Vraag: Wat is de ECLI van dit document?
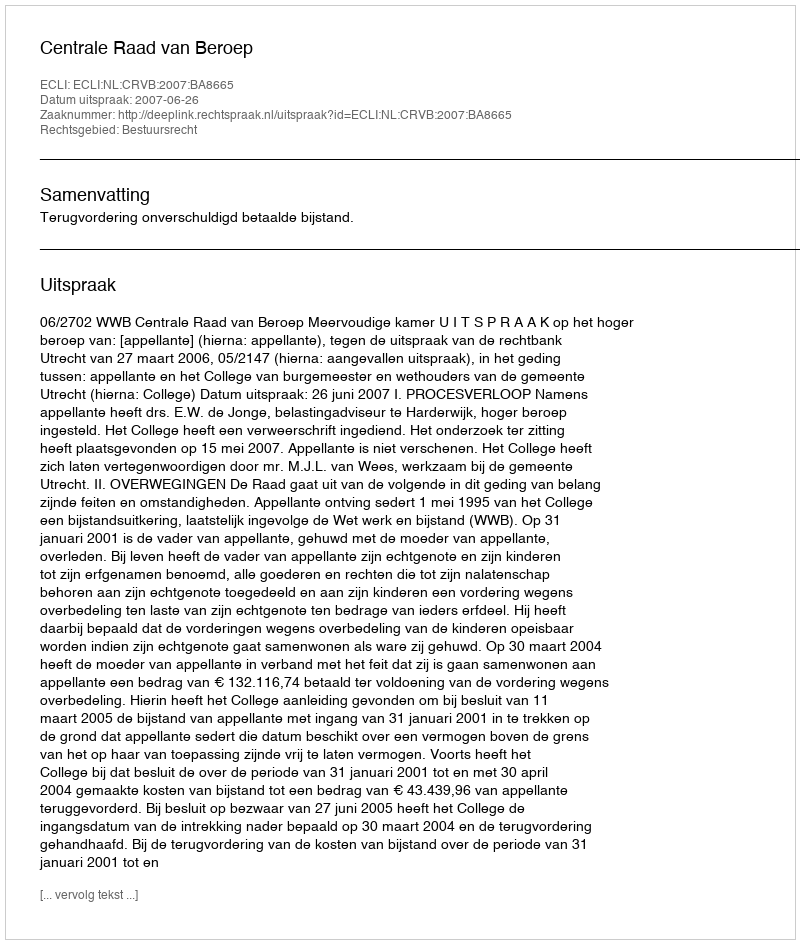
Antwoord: ECLI:NL:CRVB:2007:BA8665